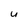
Character: U